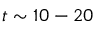
t \sim 1 0 - 2 0